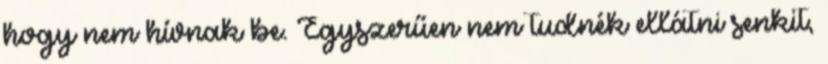
hogy nem hívnak be. Egyszerűen nem tudnék ellátni senkit,